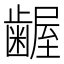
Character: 𮯎